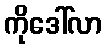
ကိုဒေါ်လာ